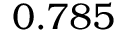
0 . 7 8 5